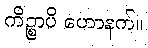
ကိဉ္စာပိ ဟောနက်။